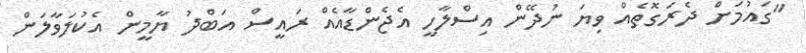
"ގައުމަށް ދެރަގޮތެއް ވިޔަ ނުދޭން އިސްލާހީ އެޖެންޑާއެއް ރައީސް އަބްދު ޔާމީން އެކުލަވާލަން